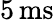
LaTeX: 5\, \mathrm{{ms}}